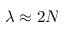
\lambda \approx 2 N